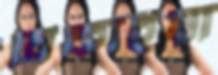
বিকাইয়া